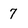
Character: 7